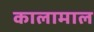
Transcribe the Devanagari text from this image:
कालामाल